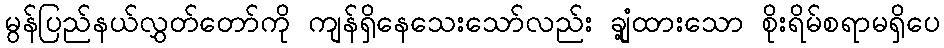
မွန်ပြည်နယ်လွှတ်တော်ကို ကျန်ရှိနေသေးသော်လည်း ချုံ့ထားသော စိုးရိမ်စရာမရှိပေ